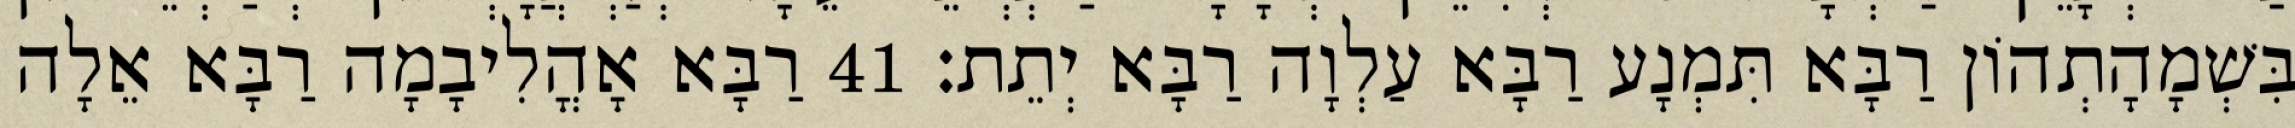
בִּשְׁמָהָתְהוֹן רַבָּא תִּמְנָע רַבָּא עַלְוָה רַבָּא יְתֵת׃ 41 רַבָּא אָהֳלִיבָמָה רַבָּא אֵלָה